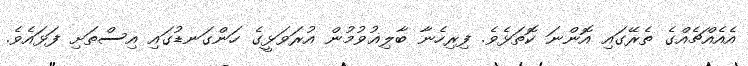
އެއެއްޗެއްގެ ތެރޭގައި އޮންނަ ކޮތަޅެވެ. ފިރިހެނާ ބާލިޣުވުމުން އުރަވަޅީގެ ހަންގަނޑުގައި އިސްތަށި ފަޅައެވެ.